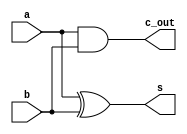
// Half Adder
module half_adder(input wire a, b, output wire s, c_out);
	assign s = a ^ b;
    assign c_out = a&b;
endmodule